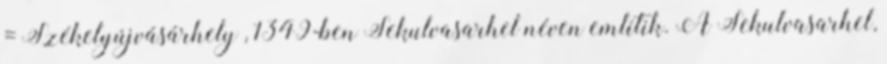
= Székelyújvásárhely , 1349-ben Sekulvasarhel néven említik. A Sekulvasarhel,